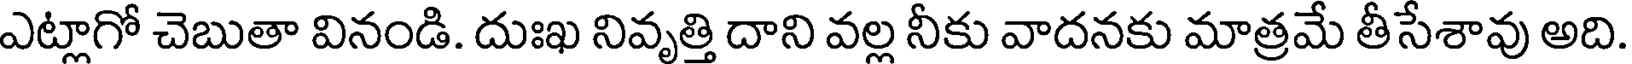
ఎట్లాగో చెబుతా వినండి. దుఃఖ నివృత్తి దాని వల్ల నీకు వాదనకు మాత్రమే తీసేశావు అది